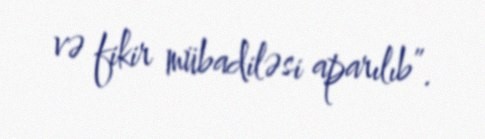
və fikir mübadiləsi aparılıb”.